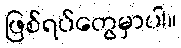
ဖြစ်ရပ်တွေမှာပါ။